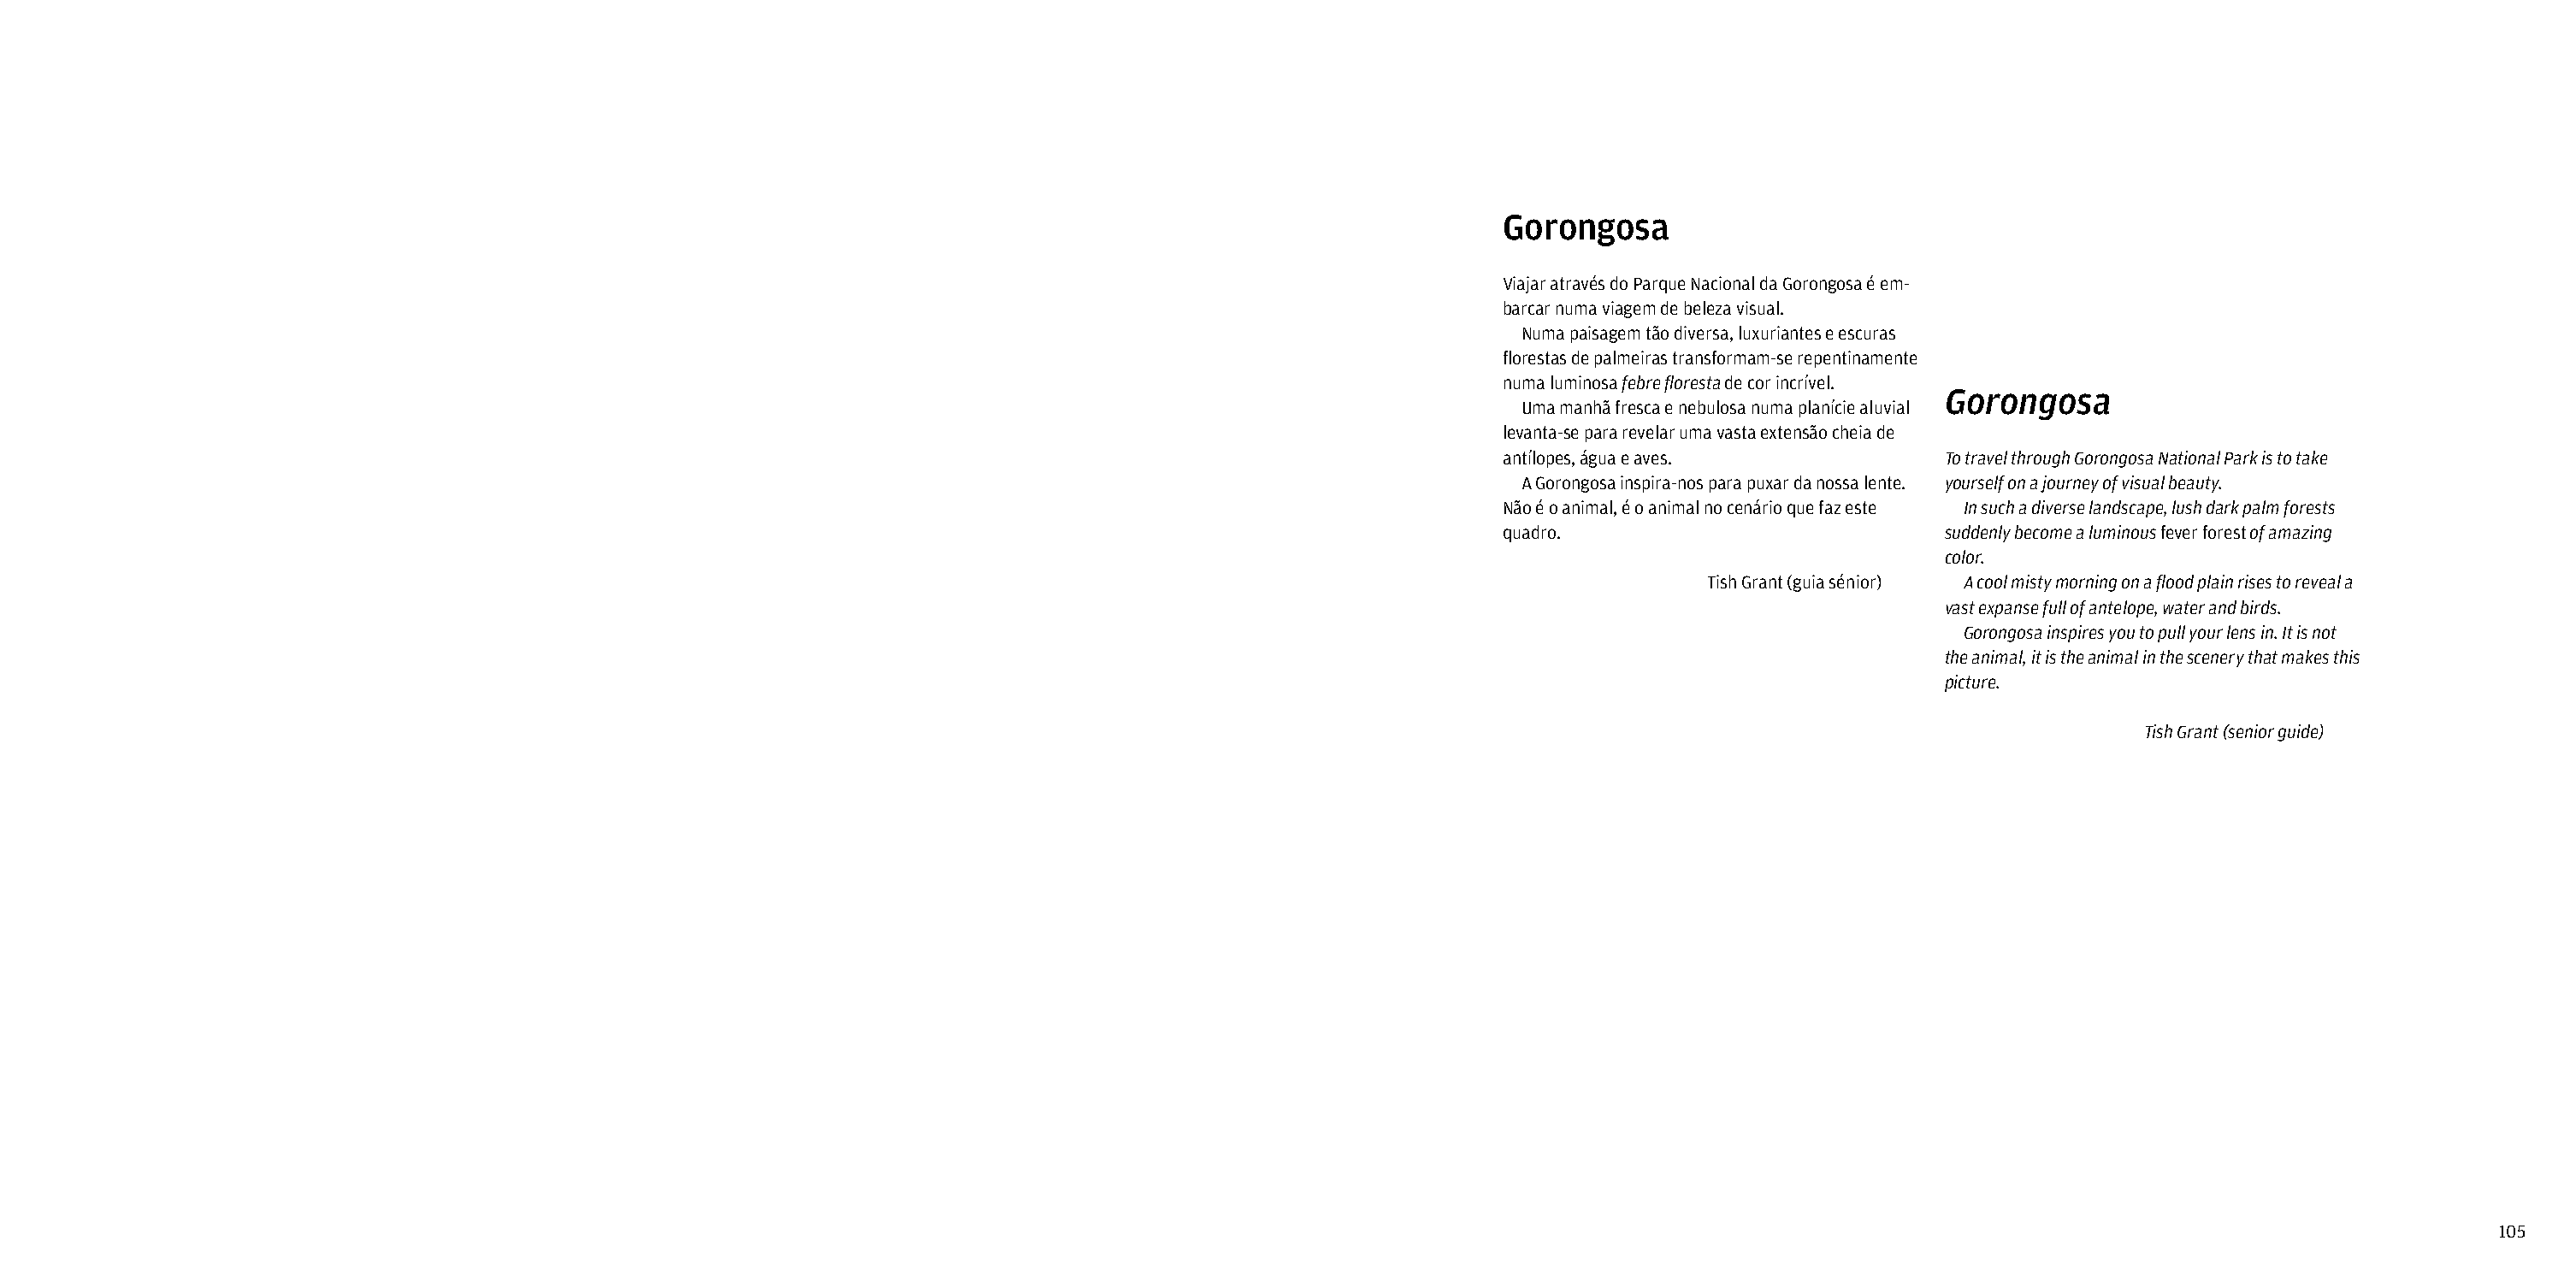
Gorongosa
 Viajar através do Parque Nacional da Gorongosa é em-
 barcar numa viagem de beleza visual.
 Numa paisagem tão diversa, luxuriantes e escuras
 florestas de palmeiras transformam-se repentinamente
 numa luminosa febre floresta de cor incrível.
 Gorongosa
 Uma manhã fresca e nebulosa numa planície aluvial
 levanta-se para revelar uma vasta extensão cheia de
 antílopes, água e aves.            To travel through Gorongosa National Park is to take
 A Gorongosa inspira-nos para puxar da nossa lente. yourself on a journey of visual beauty.
 Não é o animal, é o animal no cenário que faz este In such a diverse landscape, lush dark palm forests
 quadro.                            suddenly become a luminous fever forest of amazing
 color.
 Tish Grant (guia sénior) A cool misty morning on a flood plain rises to reveal a
 vast expanse full of antelope, water and birds.
 Gorongosa inspires you to pull your lens in. It is not
 the animal, it is the animal in the scenery that makes this
 picture.
 Tish Grant (senior guide)
 105